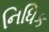
નિધિક